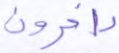
داخرون